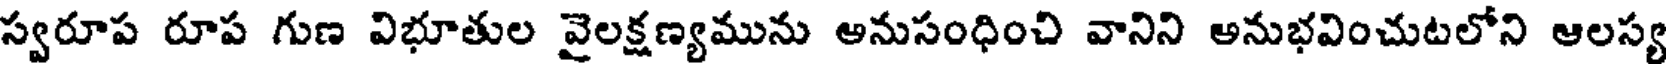
స్వరూప రూప గుణ విభూతుల వైలక్షణ్యమును అనుసంధించి వానిని అనుభవించుటలోని ఆలస్య